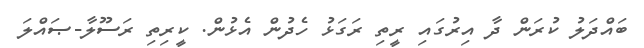
ބައްދަލު ކުރަން ދާ އިރުގައި ރީތި ރަގަޅު ހެދުން އެޅުން. ކީރިތި ރަސޫލާ-ޞައްލަ